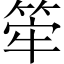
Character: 𥭲